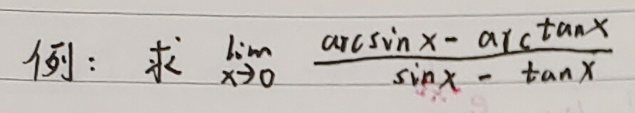
例：求\(\lim_{x \to 0} \frac{\arcsin x - \arctan x}{\sin x - \tan x}\)